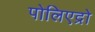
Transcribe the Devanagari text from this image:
पोलिएद्रो